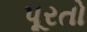
પૂરતો